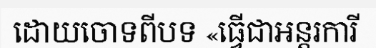
ដោយចោទពីបទ «ធ្វើជាអន្តរការី